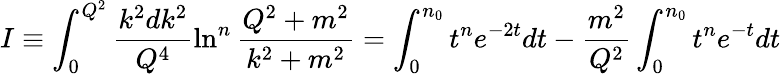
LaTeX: I\equiv\int_{0}^{Q^{2}}\frac{k^{2}dk^{2}}{Q^{4}}\ln^{n}\frac{Q^{2}+m^{2}}{k^{2}+m^{2}}=\int_{0}^{n_{0}}t^{n}e^{-2t}dt-\frac{m^{2}}{Q^{2}}\int_{0}^{n_{0}}t^{n}e^{-t}dt